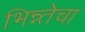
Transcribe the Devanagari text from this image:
भिन्न्तेचा